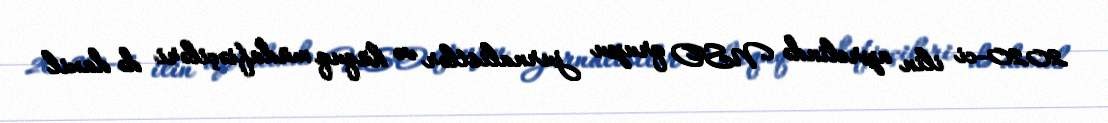
2020-ci ilin aprelində NSO qrupu jurnalistlər və hüquq müdafiəçiləri də daxil